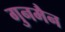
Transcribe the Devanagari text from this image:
गुनमैन